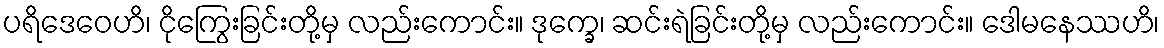
ပရိဒေဝေဟိ၊ ငိုကြွေးခြင်းတို့မှ လည်းကောင်း။ ဒုက္ခေ၊ ဆင်းရဲခြင်းတို့မှ လည်းကောင်း။ ဒေါမနေဿဟိ၊